Leaving Certificate, 1897
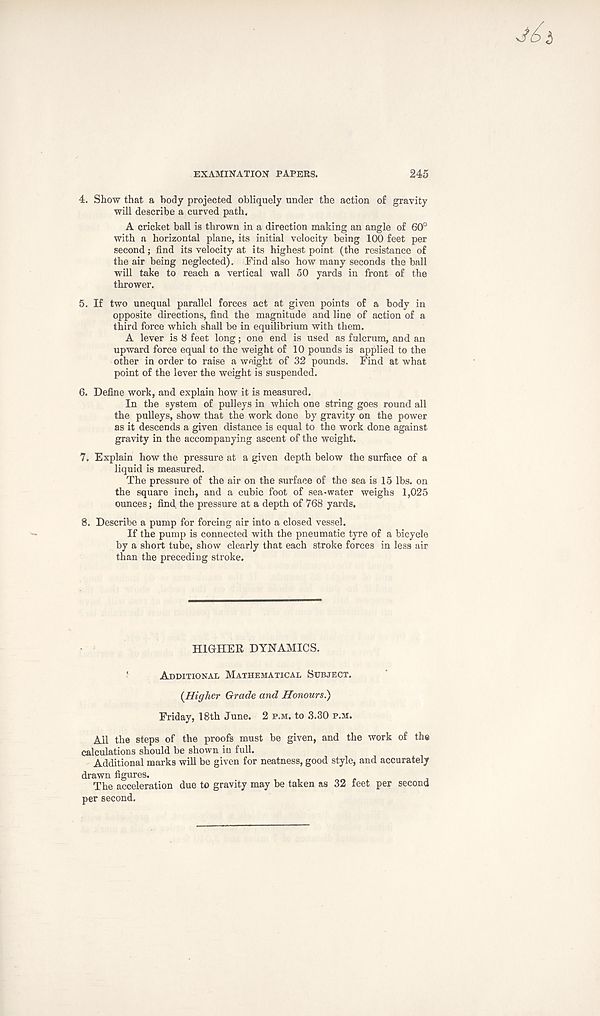
EXAMINATION PAPERS.
245
4. Show that a body projected obliquely under the action of gravity
will describe a curved path.
A cricket ball is thrown in a direction making an angle of 60°
with a horizontal plane, its initial velocity being 100 feet per
second; find its velocity at its highest point (the resistance of
the air being neglected). Find also how many seconds the ball
will take to reach a verlical wall 50 yards in front of the
thrower.
5. If two unequal parallel forces act at given points of a body in
opposite directions, find the magnitude and line of action of a
third force which shall be in equilibrium with them.
A lever is 8 feet long; one end is used as fulcrum, and an
upward force equal to the weight of 10 pounds is applied to the
other in order to raise a weight of 32 pounds. Find at what
point of the lever the weight is suspended.
6. Define work, and explain how it is measured.
In the system of pulleys in which one string goes round all
the pulleys, show that the work done by gravity on the power
as it descends a given distance is equal to the work done against
gravity in the accompanying ascent of the weight.
7. Explain how the pressure at a given depth below the surface of a
liquid is measured.
The pressure of the air on the surface of the sea is 15 lbs. on
the square inch, and a cubic foot of sea-water weighs 1,025
ounces; find the pressure at a depth of 768 yards,
8. Describe a pump for forcing air into a closed vessel.
If the pump is connected with the pneumatic tyre of a bicycle
by a short tube, show clearly that each stroke forces in less air
than the preceding stroke.
HIGHER DYNAMICS.
'
Additional Mathematical Subject.
{Higher Grade and Honours)
Friday, 18th June. 2 p.m. to 3.30 p.m.
All the steps of the proofs must be given, and the work of the
calculations should be shown in full.
Additional marks will be given for neatness, good style, and accurately
drawn figures.
The acceleration due to gravity may be taken as 32 feet per second
per second.